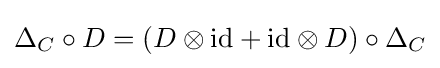
\Delta _{C}\circ D=(D\otimes \mathrm {id} +\mathrm {id} \otimes D)\circ \Delta _{C}